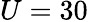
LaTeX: U=30